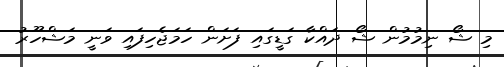
މި ޝޯ ނިމުމުން ޝޯ ދައްކާ ގަޑީގައި ފަށަން ހަމަޖެހިފައި ވަނީ މަޝްހޫރު